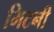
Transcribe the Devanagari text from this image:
भिटनी